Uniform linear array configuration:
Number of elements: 64
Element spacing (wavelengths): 0.75
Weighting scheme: binomial
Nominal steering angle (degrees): -60
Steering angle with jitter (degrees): -59.191
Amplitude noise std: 0.05
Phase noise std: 0.05

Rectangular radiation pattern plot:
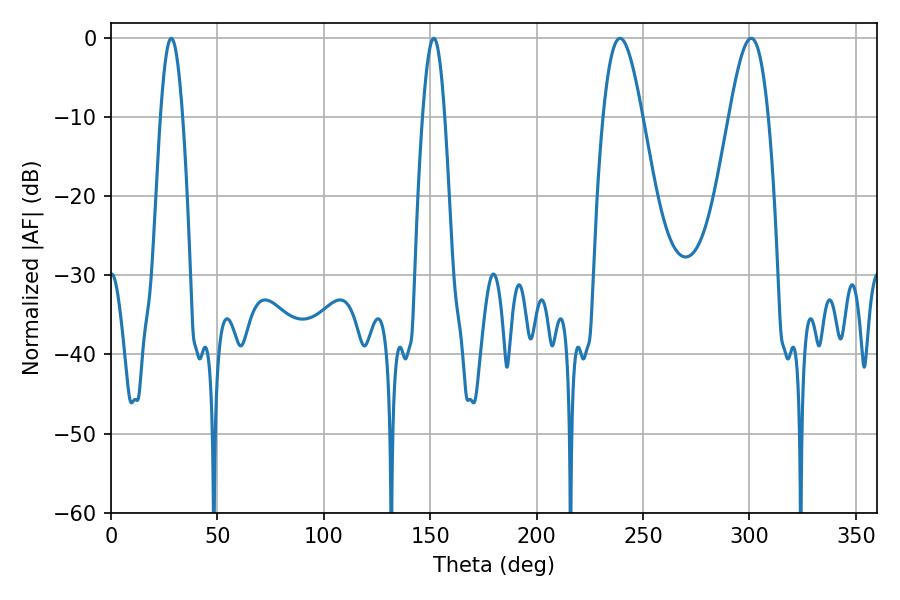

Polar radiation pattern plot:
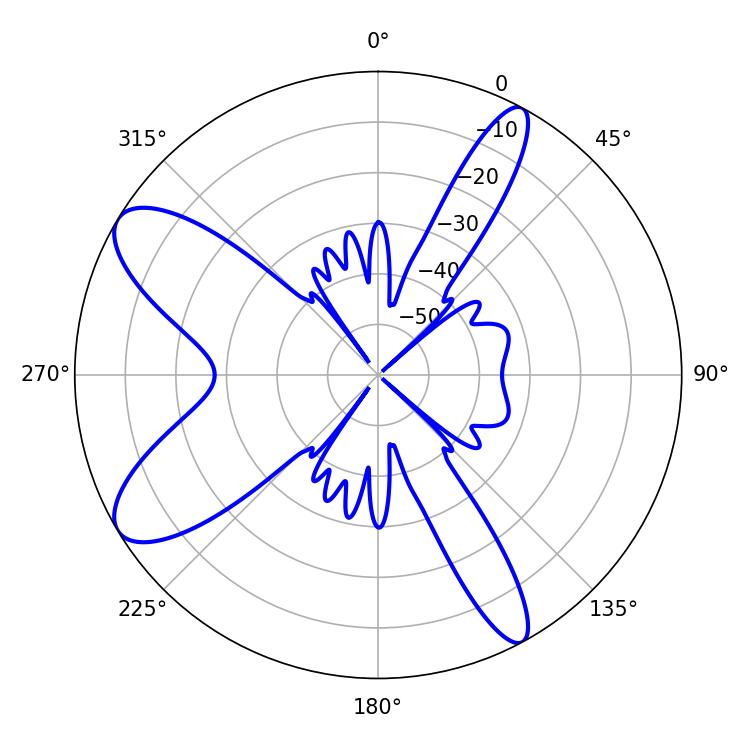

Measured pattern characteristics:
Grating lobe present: TRUE
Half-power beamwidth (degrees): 9.72
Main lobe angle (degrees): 239.22